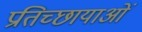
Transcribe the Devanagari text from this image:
प्रतिच्छायाओं